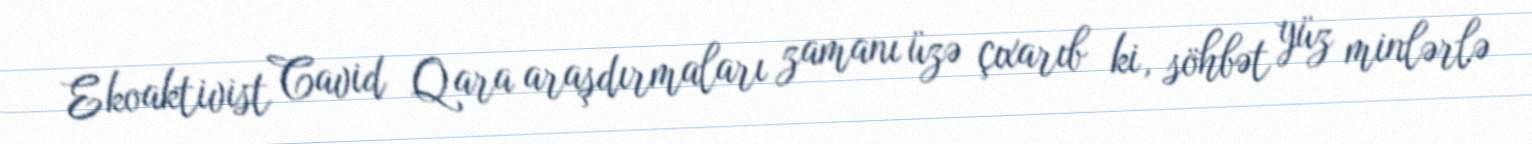
Ekoaktivist Cavid Qara araşdırmaları zamanı üzə çıxarıb ki, söhbət yüz minlərlə